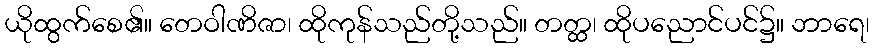
ယိုထွက်စေ၏။ တေဝါဏိဇာ၊ ထိုကုန်သည်တို့သည်။ တတ္ထ၊ ထိုပညောင်ပင်၌။ ဘာရေ၊